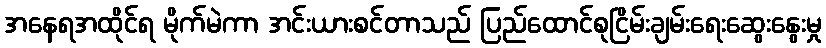
အနေရအထိုင်ရ မိုက်မဲကာ အင်းယားစင်တာသည် ပြည်ထောင်စုငြိမ်းချမ်းရေးဆွေးနွေးမှု